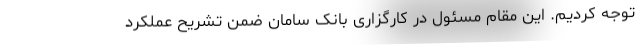
توجه کردیم. این مقام مسئول در کارگزاری بانک سامان ضمن تشریح عملکرد